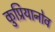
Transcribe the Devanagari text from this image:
कुप्रियानोव